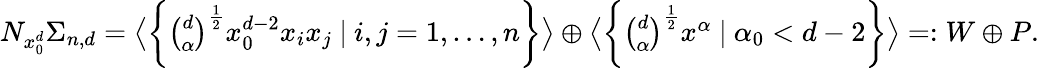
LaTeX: \begin{array}{r}{N_{x_{0}^{d}}{\Sigma}_{n,d}=\big\langle\bigg\{ \binom{d}{\alpha}^{\frac{1}{2}}x_{0}^{d-2}x_{i}x_{j}\ |\ i,j=1,\dots,n\bigg\} \big\rangle\oplus\big\langle\bigg\{ \binom{d}{\alpha}^{\frac{1}{2}}x^{\alpha}\ |\ \alpha_{0}<d-2\bigg\} \big\rangle=:W\oplus P.}\end{array}